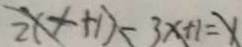
2 ( x + 1 ) - 3 x + 1 = x